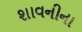
શાવનીના